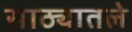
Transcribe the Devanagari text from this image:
साठ्यातले